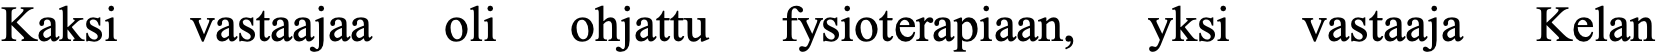
Kaksi vastaajaa oli ohjattu fysioterapiaan, yksi vastaaja Kelan